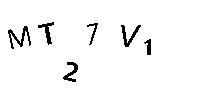
MT27V1